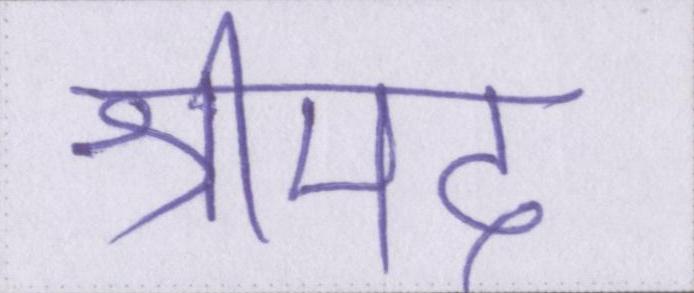
श्रीमद